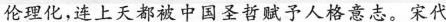
伦理化，连上天都被中国圣哲赋予人格意志。宋代